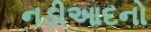
નડીઆદનો